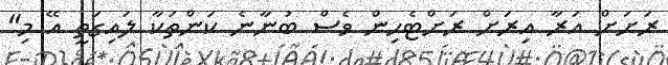
ރަށަށް އަރާ އިރަށް ރަށްޓެހިން ވެސް ބުނާނެ ކަންތަކާ ލައިގަތީ އޭ މި"